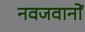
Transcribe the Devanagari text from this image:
नवजवानों